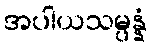
အပါယသမ္ပန္နံ